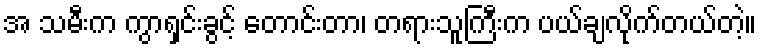
အ သမီးက ကွာရှင်းခွင့် တောင်းတာ၊ တရားသူကြီးက ပယ်ချလိုက်တယ်တဲ့။